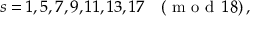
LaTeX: s = 1 , 5 , 7 , 9 , 1 1 , 1 3 , 1 7 \quad ( \textrm { m o d } \, 1 8 ) \, ,